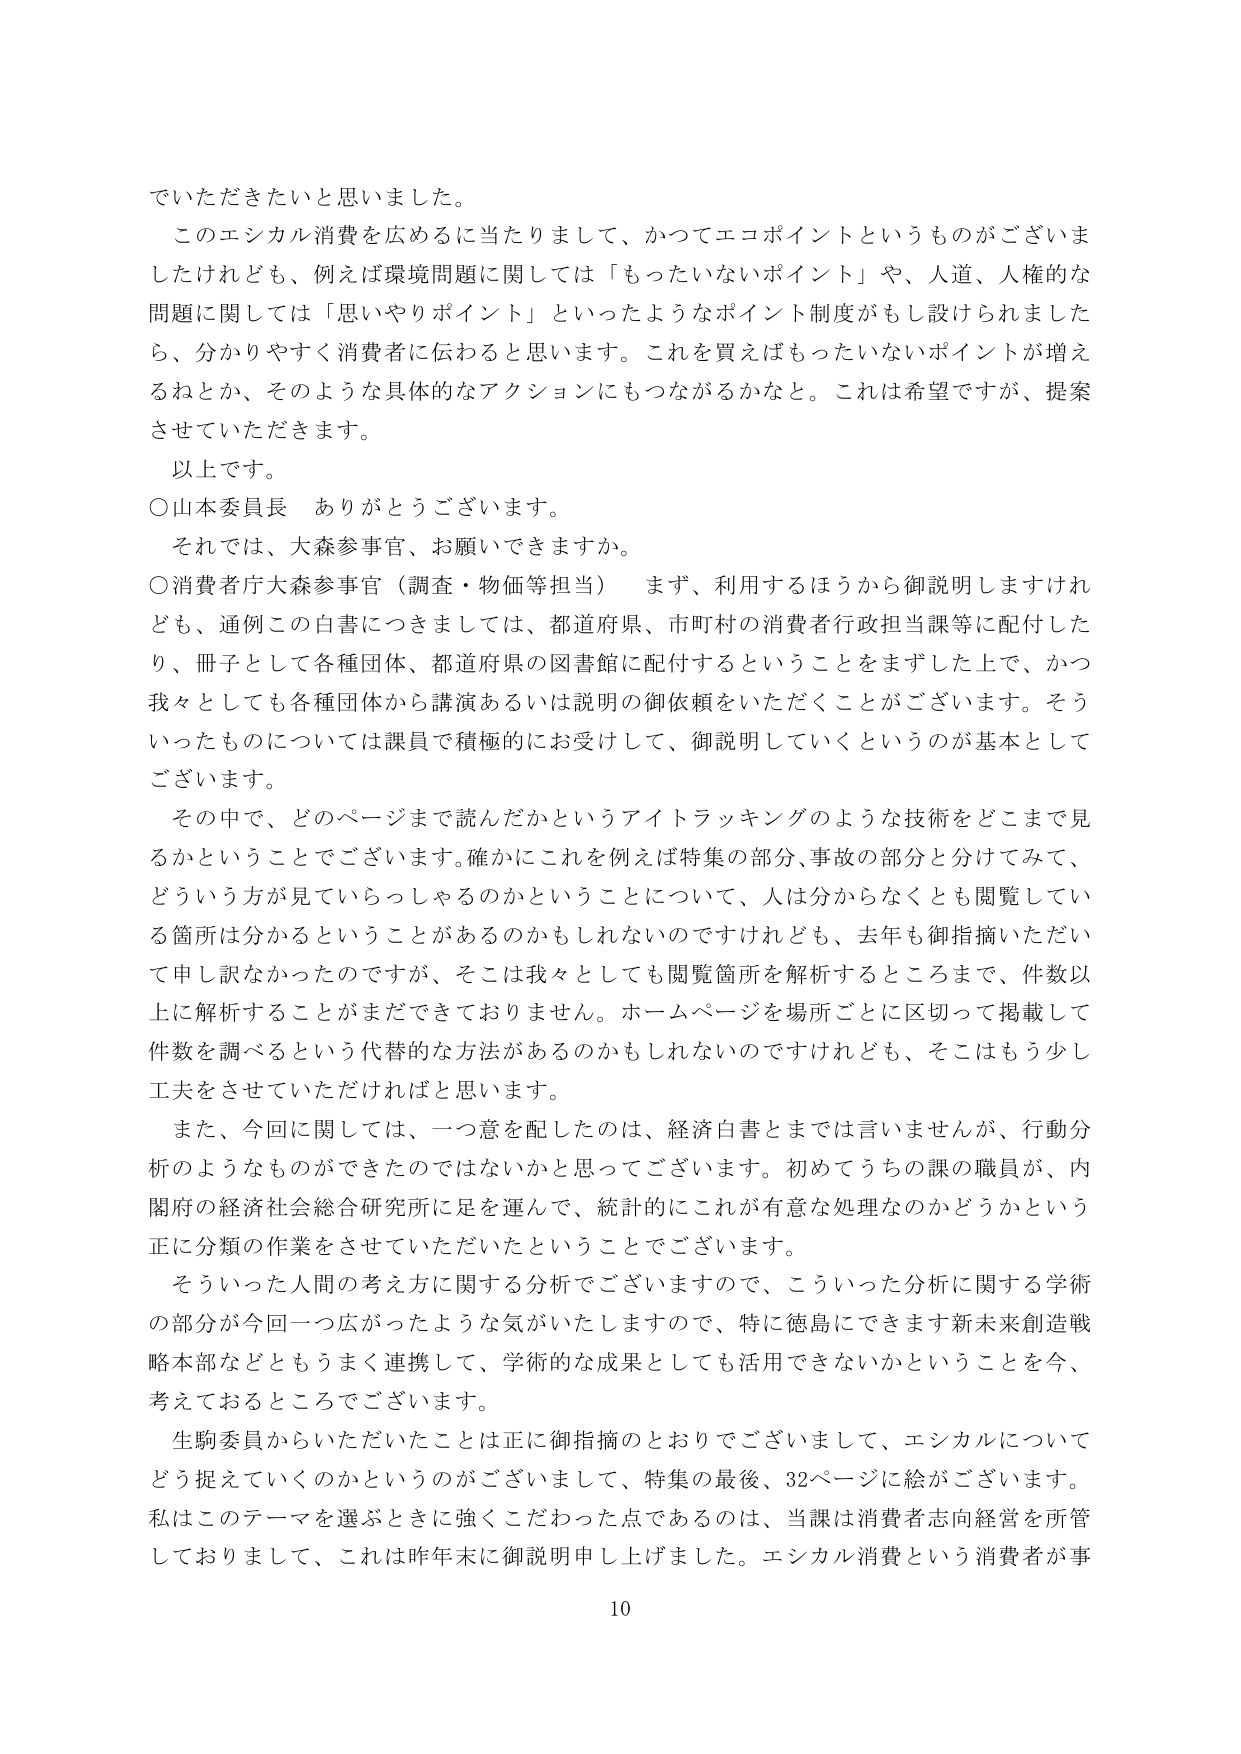
でいただきたいと思いました。

このエシカル消費を広めるに当たりまして、かつてエコポイントというものがございましたけれども、例えば環境問題に関しては「もったいないポイント」や、人道、人権的な問題に関しては「思いやりポイント」といったようなポイント制度がもし設けられましたら、分かりやすく消費者に伝わると思います。これを買えばもったいないポイントが増えるねとか、そのような具体的なアクションにもつながるかなと。これは希望ですが、提案させていただきます。

以上です。

○山本委員長 ありがとうございます。

それでは、大森参事官、お願いできますか。

○消費庁大森参事官（調査・物価等担当） まず、利用するほうから御説明しますけれども、通例この白書につきましては、都道府県、市町村の消費者行政担当課等に配付したり、冊子として各種団体、都道府県の図書館に配付するということをまずした上で、かつ我々としても各種団体から講演あるいは説明の御依頼をいただくことがございます。そういったものについては課員で積極的にお受けして、御説明していくというのが基本としてございます。

その中で、どのページまで読んだかというアイトラッキングのような技術をどこまで見るかということでございます。確かにこれを例えば特集の部分、事故の部分と分けてみて、どういう方が見ていらっしゃるのかということについて、人は分からなくとも閲覧している箇所は分かるということがあるのかもしれないのですけれども、去年も御指摘いただいて申し訳なかったのですが、そこは我々としても閲覧箇所を解析するところまで、件数以上に解析することがまだできておりません。ホームページを場所ごとに区切って掲載して件数を調べるという代替的な方法があるのかもしれないのですけれども、そこはもう少し工夫をさせていただければと思います。

また、今回に関しては、一つ意を配したのは、経済白書とまでは言いませんが、行動分析のようなものできたのではないかと思ってございます。初めてうちの課の職員が、内閣府の経済社会総合研究所に足を運んで、統計的にこれが有意な処理なのかどうかという正に分類の作業をさせていただいたということでございます。

そういった人間の考え方に関する分析でございますので、こういった分析に関する学術の部分が今回一寸広がったような気がいたしますので、特に徳島にできます新未来創造戦略本部などともうまく連携して、学術的な成果としても活用できないかということを今、考えておるところでございます。

生駒委員からいただいたことは正に御指摘のとおりでございまして、エシカルについてどう捉えていくのかというのがございまして、特集の最後、32ページに絵がございます。私はこのテーマを選ぶときに強くこだわった点であるのは、当課は消費者志向経営を所管しておりまして、これは昨年末に御説明申し上げました。エシカル消費という消費者が事

10